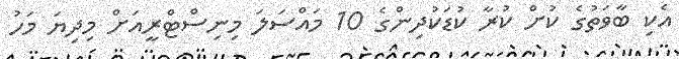
އެކި ބާވަތުގެ ކުށް ކުރާ ކުޑަކުދިންގެ 10 މައްސަލަ މިނިސްޓްރީއަށް މިދިޔަ މަހު